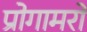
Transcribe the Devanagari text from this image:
प्रोगामरों